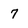
Character: 7